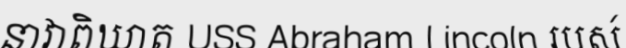
នាវាពិឃាត USS Abraham Lincoln របស់